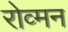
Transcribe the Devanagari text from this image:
रोव्मन